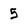
Character: 5